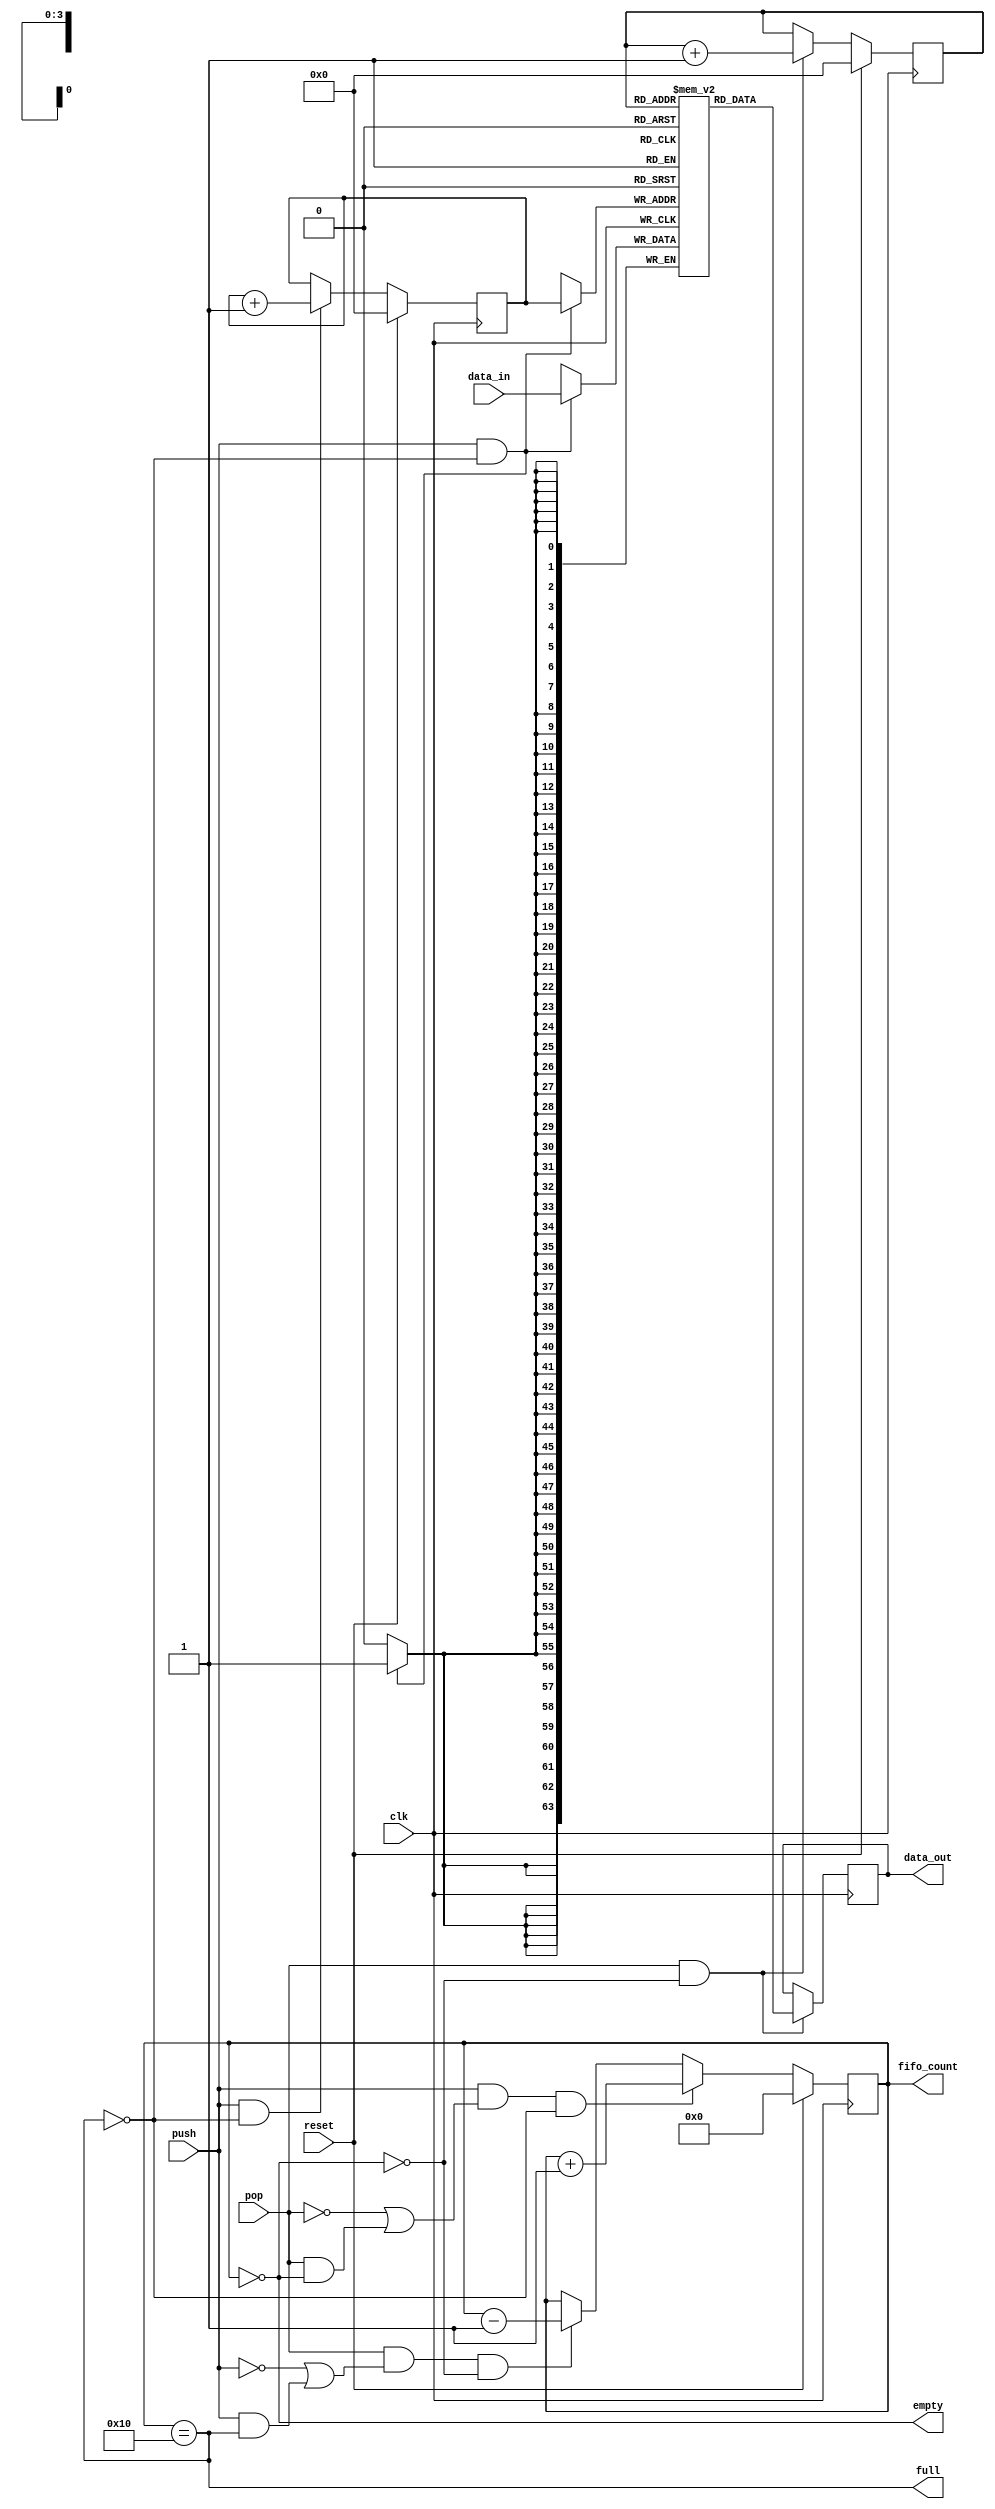
`timescale 10ns / 1ns
module sim_fifo
#(  // Parameters
    parameter   DATA_WIDTH          = 64,
    parameter   INIT                = "init.mif",
    parameter   ADDR_WIDTH          = 4,
    parameter   RAM_DEPTH           = (1 << ADDR_WIDTH),
    parameter   INITIALIZE_FIFO     = "no",
    parameter   TYPE                = "MLAB"
)(  // Ports
    input  wire                         clk,
    input  wire                         reset,
    input  wire                         push,
    input  wire                         pop,
    input  wire [ DATA_WIDTH -1 : 0 ]   data_in,
    output reg  [ DATA_WIDTH -1 : 0 ]   data_out,
    output reg                          empty,
    output reg                          full,
    output reg  [ ADDR_WIDTH    : 0 ]   fifo_count
);

// Port Declarations
// ******************************************************************
// Internal variables
// ******************************************************************
reg     [ADDR_WIDTH-1:0]        wr_pointer;             //Write Pointer
reg     [ADDR_WIDTH-1:0]        rd_pointer;             //Read Pointer
//(* ram_style = TYPE *)
reg     [DATA_WIDTH-1:0]        mem[0:RAM_DEPTH-1]/*synthesis ramstyle = "MLAB" */;     //Memory
// ******************************************************************
// INSTANTIATIONS
// ******************************************************************
initial begin
  if (INITIALIZE_FIFO == "yes") begin
    $readmemh(INIT, mem, 0, RAM_DEPTH-1);
  end
end

always @ (fifo_count)
begin : FIFO_STATUS
  empty   = (fifo_count == 0);
  full    = (fifo_count == RAM_DEPTH);
end

always @ (posedge clk)
begin : FIFO_COUNTER
  if (reset)
    fifo_count <= 0;

  else if (push && (!pop||pop&&empty) && !full)
    fifo_count <= fifo_count + 1;

  else if (pop && (!push||push&&full) && !empty)
    fifo_count <= fifo_count - 1;
end

always @ (posedge clk)
begin : WRITE_PTR
  if (reset) begin
    wr_pointer <= 0;
  end
  else if (push && !full) begin
    wr_pointer <= wr_pointer + 1;
  end
end

always @ (posedge clk)
begin : READ_PTR
  if (reset) begin
    rd_pointer <= 0;
  end
  else if (pop && !empty) begin
    rd_pointer <= rd_pointer + 1;
  end
end

always @ (posedge clk)
begin : WRITE
  if (push & !full) begin
    mem[wr_pointer] <= data_in;
  end
end

always @ (posedge clk)
begin : READ
  if (reset) begin
    data_out <= 0;
  end
  if (pop && !empty) begin
    data_out <= mem[rd_pointer];
  end
  else begin
    data_out <= data_out;
  end
end

endmodule

/*
FIFO_DUALCLOCK_MACRO  #(
    .ALMOST_EMPTY_OFFSET        ( 9'h080        ), // Sets the almost empty threshold
    .ALMOST_FULL_OFFSET         ( 9'h080        ), // Sets almost full threshold
    .DATA_WIDTH                 ( DATA_WIDTH    ), // Valid values are 1-72 (37-72 only valid when FIFO_SIZE="36Kb")
    .DEVICE                     ( "7SERIES"     ), // Target device: "VIRTEX5", "VIRTEX6", "7SERIES"
    .FIFO_SIZE                  ( "36Kb"        ), // Target BRAM: "18Kb" or "36Kb"
    .FIRST_WORD_FALL_THROUGH    ( "FALSE"       )  // Sets the FIfor FWFT to "TRUE" or "FALSE"
) FIFO_DUALCLOCK_MACRO_inst (
    .ALMOSTEMPTY                ( ALMOSTEMPTY   ), // 1-bit output almost empty
    .ALMOSTFULL                 ( ALMOSTFULL    ), // 1-bit output almost full
    .DO                         ( data_out      ), // Output data, width defined by DATA_WIDTH parameter
    .EMPTY                      ( empty         ), // 1-bit output empty
    .FULL                       ( full          ), // 1-bit output full
    .RDCOUNT                    ( RDCOUNT       ), // Output read count, width determined by FIfor depth
    .RDERR                      ( RDERR         ), // 1-bit output read error
    .WRCOUNT                    ( WRCOUNT       ), // Output write count, width determined by FIfor depth
    .WRERR                      ( WRERR         ), // 1-bit output write error
    .DI                         ( data_in       ), // Input data, width defined by DATA_WIDTH parameter
    .RDCLK                      ( clk           ), // 1-bit input read clock
    .RDEN                       ( pop           ), // 1-bit input read enable
    .RST                        ( reset         ), // 1-bit input reset
    .WRCLK                      ( clk           ), // 1-bit input write clock
    .WREN                       ( push          )  // 1-bit input write enable
);

endmodule
*/